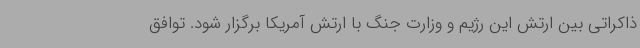
ذاکراتی بین ارتش این رژیم و وزارت جنگ با ارتش آمریکا برگزار شود. توافق